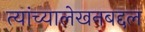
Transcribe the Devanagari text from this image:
त्यांच्यालेखनबद्दल